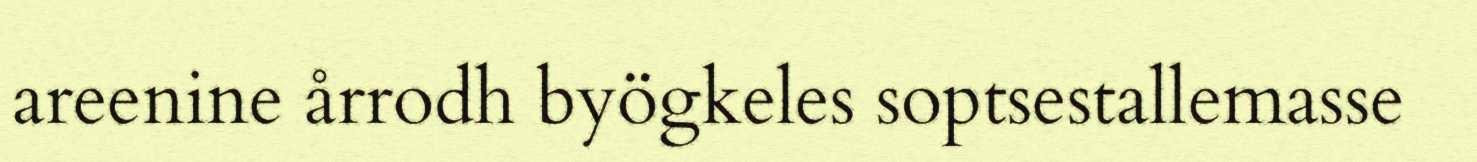
areenine årrodh byögkeles soptsestallemasse